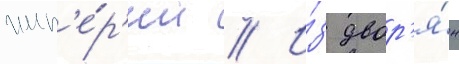
имп'е́р'ии // И́з двор'я́н